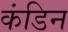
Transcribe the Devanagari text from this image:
कंडिन